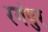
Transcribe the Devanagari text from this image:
रगंपुर